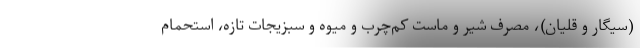
(سیگار و قلیان)، مصرف شیر و ماست کم‌چرب و میوه و سبزیجات تازه، استحمام